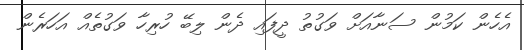
އެހެން ކަމުން ސަނާއަށް ވަގުތު ދީފައި ދެން ލިބޭ ހުރިހާ ވަގުތެއް އަހަރެން